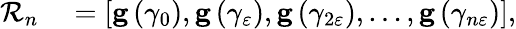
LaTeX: \begin{array}{rl}{\mathcal{R}_{n}}&{{}=\left[\mathbf{g}\left(\gamma_{0}\right),\mathbf{g}\left(\gamma_{\varepsilon}\right),\mathbf{g}\left(\gamma_{2\varepsilon}\right),\ldots,\mathbf{g}\left(\gamma_{n\varepsilon}\right)\right],}\end{array}